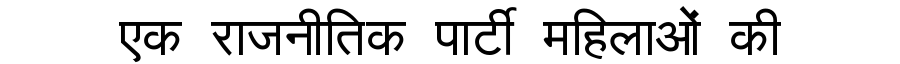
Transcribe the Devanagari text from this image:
एक राजनीतिक पार्टी महिलाओं की